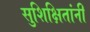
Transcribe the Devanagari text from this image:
सुशिक्षितांनी